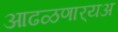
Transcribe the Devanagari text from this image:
आढळणार्‍यअ